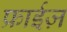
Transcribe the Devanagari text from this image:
फ्राईज़